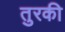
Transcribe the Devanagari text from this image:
तुरकी